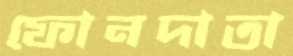
ফোনদাতা